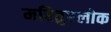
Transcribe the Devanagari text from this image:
मरितुएलोक